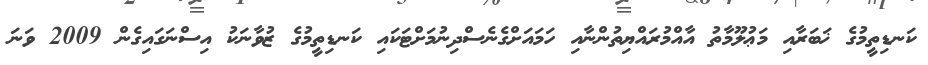
ކަނޑިތީމުގެ ޚަބަރާއި މަޢުލޫމާތު އާއްމުރައްޔިތުންނާއި ހަމައަށްގެނެސްދިނުމަށްޓަކައި ކަނޑިތީމުގެ ޒުވާނަކު އިސްނަގައިގެން 2009 ވަނަ